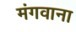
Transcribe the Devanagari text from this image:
मंगवाना